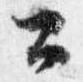
公